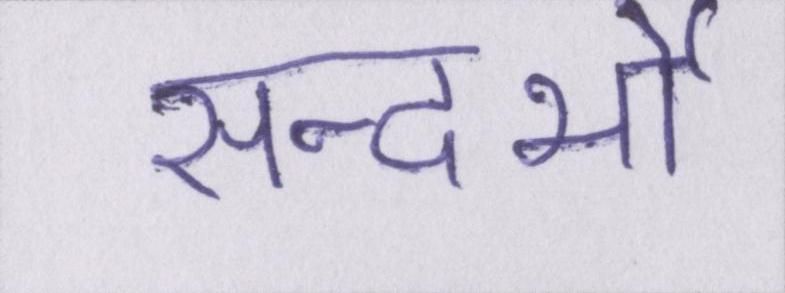
सन्दर्भो